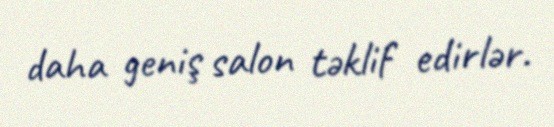
daha geniş salon təklif edirlər.